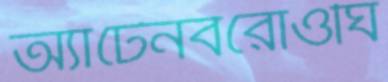
অ্যাটেনবরোওঘি